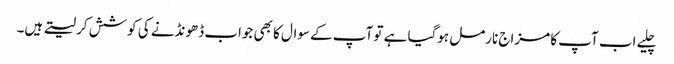
چلیے اب آپ کا مزاج نارمل ہوگیا ہے تو آپ کے سوال کا بھی جواب ڈھونڈنے کی کوشش کر لیتے ہیں۔